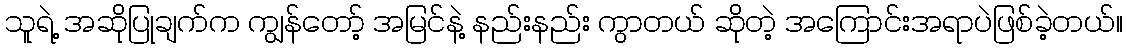
သူရဲ့ အဆိုပြုချက်က ကျွန်တော့် အမြင်နဲ့ နည်းနည်း ကွာတယ် ဆိုတဲ့ အကြောင်းအရာပဲဖြစ်ခဲ့တယ်။